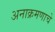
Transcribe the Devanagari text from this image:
अनाक्रमणाचे